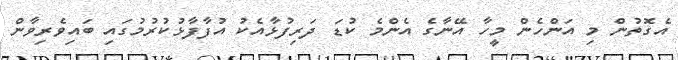
އެގޮތުން މި އަންހެން މީހާ އޭނާގެ އެންމެ ކުޑަ ދަރިފުޅާއެކު އުފާފާޅުކުރުމުގައި ބައިވެރިވާން